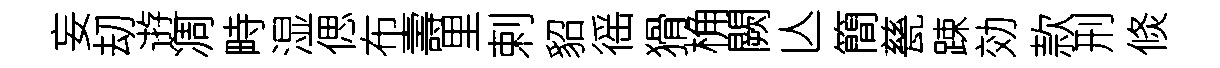
妄刧逰凋畤湿偲布壽里剌貂徭猾桷闕亾簡甆踈効款刑倐